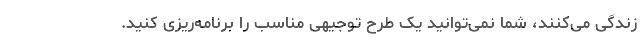
زندگی می‌کنند، شما نمی‌توانید یک طرح توجیهی مناسب را برنامه‌ریزی کنید.